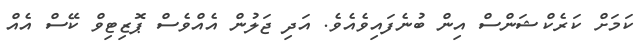
ކަމަށް ކަރެކްޝަންސް އިން ބުނެފައިވެއެވެ. އަދި ޖަލުން އެއްވެސް ޕޮޒިޓިވް ކޭސް އެއް